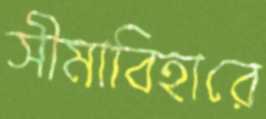
সীমাবিহারে